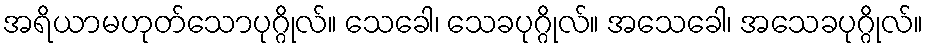
အရိယာမဟုတ်သောပုဂ္ဂိုလ်။ သေခေါ၊ သေခပုဂ္ဂိုလ်။ အသေခေါ၊ အသေခပုဂ္ဂိုလ်။